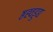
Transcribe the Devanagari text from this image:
ष्ठह्वड्डद्य